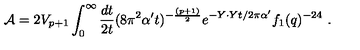
{ \cal A } = 2 V _ { p + 1 } \int _ { 0 } ^ { \infty } { \frac { d t } { 2 t } } ( 8 \pi ^ { 2 } { \alpha ^ { \prime } } t ) ^ { - { \frac { ( p + 1 ) } { 2 } } } e ^ { - Y \cdot Y t / 2 \pi { \alpha ^ { \prime } } } f _ { 1 } ( q ) ^ { - 2 4 } \ .